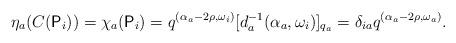
LaTeX: \begin{align*}\eta_a(C(\mathsf{P}_i)) = \chi_a (\mathsf{P}_i) = q^{(\alpha_a - 2 \rho, \omega_i)} [d_a^{-1} (\alpha_a, \omega_i)]_{q_a} = \delta_{i a} q^{(\alpha_a - 2 \rho, \omega_a)}.\end{align*}